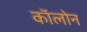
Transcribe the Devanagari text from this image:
काॅलोन